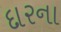
દારના